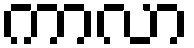
ကာလာ